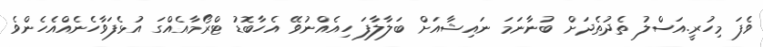
ވެފަ މިހުރީ.އަސްލު ތެދުތެދަށް ބުނާނަމަ ނައިޝާއަށް ބަލާލާފަ ހިއެއްނުވޭ އެހާބޮޑު ޓްރޯމާއެއްގަ އުޅެފަވާހެނެއްއެހެންވެ